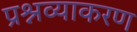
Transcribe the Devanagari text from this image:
प्रश्नव्याकरण